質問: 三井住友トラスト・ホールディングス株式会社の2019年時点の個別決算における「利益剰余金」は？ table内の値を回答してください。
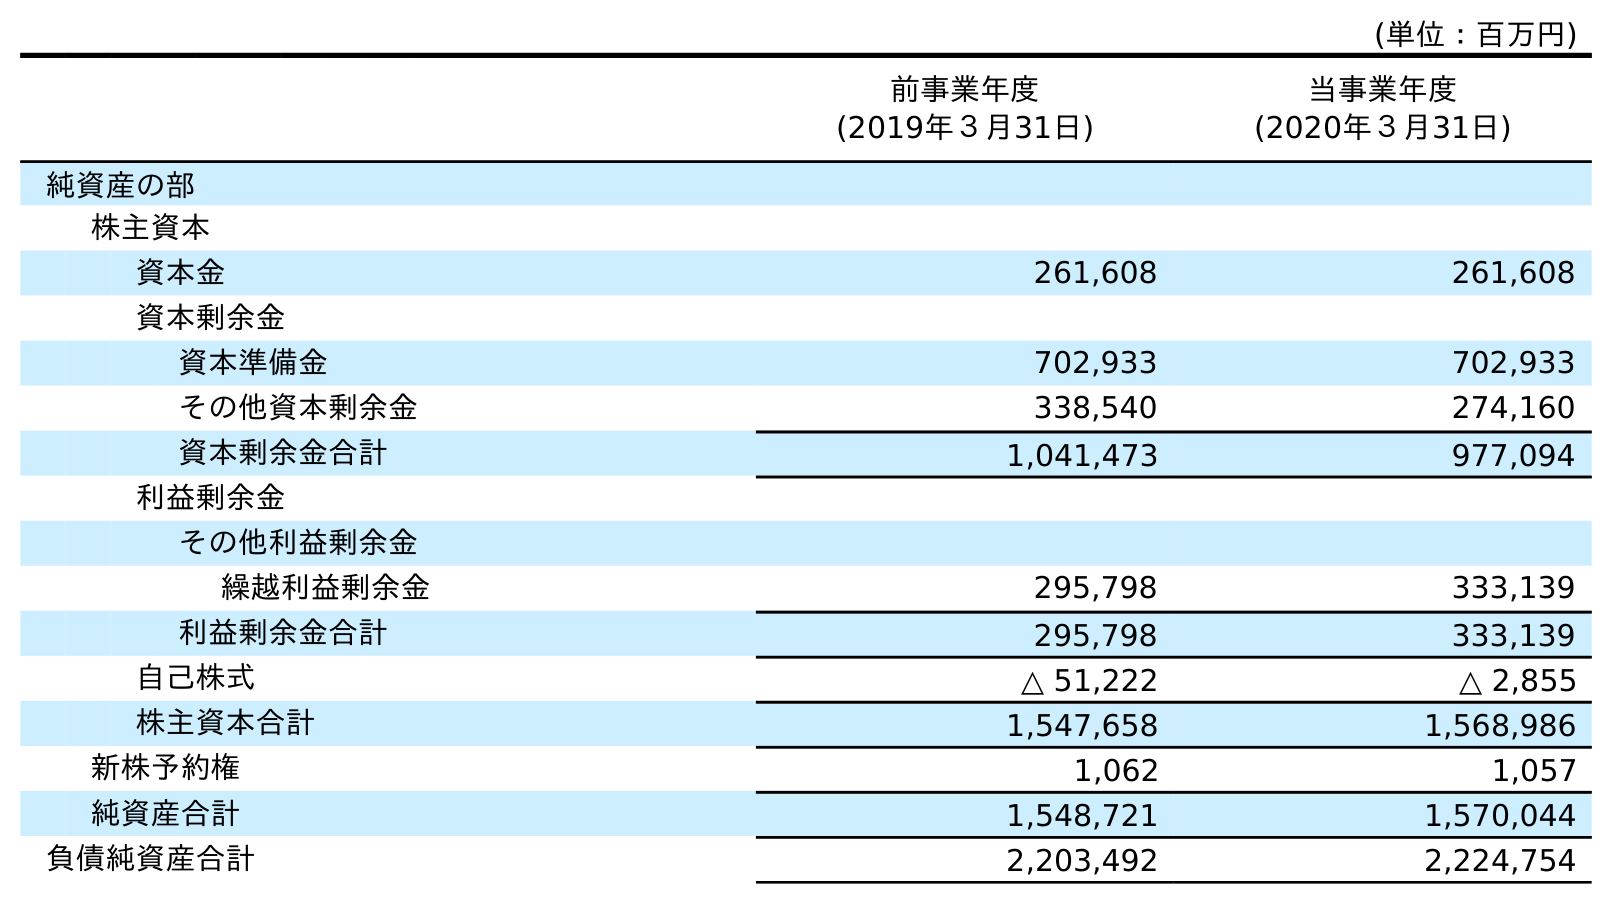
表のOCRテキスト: (単位：百万円) 前事業年度 (2019年３月31日) 当事業年度 (2020年３月31日) 純資産の部 株主資本 資本金 261,608 261,608 資本剰余金 資本準備金 702,933 702,933 その他資本剰余金 338,540 274,160 資本剰余金合計 1,041,473 977,094 利益剰余金 その他利益剰余金 繰越利益剰余金 295,798 333,139 利益剰余金合計 295,798 333,139 自己株式 △ 51,222 △ 2,855 株主資本合計 1,547,658 1,568,986 新株予約権 1,062 1,057 純資産合計 1,548,721 1,570,044 負債純資産合計 2,203,492 2,224,754
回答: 295,798